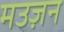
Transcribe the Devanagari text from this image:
मउज़न